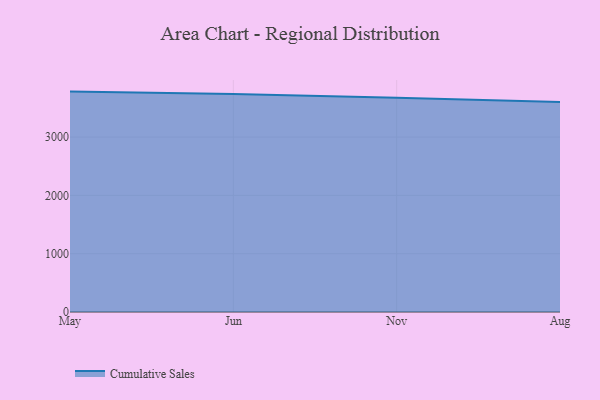
{"axis": {"x": "Month", "y": "Net Income (USD K)"}, "legend": ["Cumulative Sales"], "data": [{"x": "May", "y": 3779.8, "type": "Cumulative Sales"}, {"x": "Jun", "y": 3738.9, "type": "Cumulative Sales"}, {"x": "Nov", "y": 3674.9, "type": "Cumulative Sales"}, {"x": "Aug", "y": 3601.2, "type": "Cumulative Sales"}]}